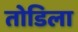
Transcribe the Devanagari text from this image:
तोडिला